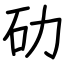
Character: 劯